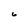
Character: 6